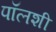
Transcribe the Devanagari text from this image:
पॉलशी